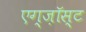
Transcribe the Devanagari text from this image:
एग्ज़ॉस्ट